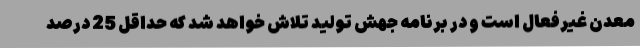
معدن غیرفعال است و در برنامه جهش تولید تلاش خواهد شد که حداقل 25 درصد